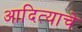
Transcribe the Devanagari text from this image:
आदित्याचे